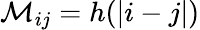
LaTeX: \mathcal{M}_{ij}=h(|i-j|)